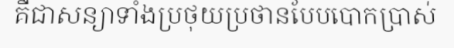
គឺជាសន្យាទាំងប្រថុយប្រថានបែបបោកប្រាស់